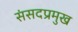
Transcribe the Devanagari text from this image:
संसदप्रमुख